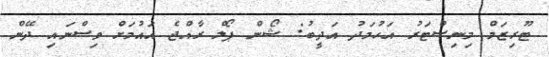
ޓޫރިޒަމް މިނިސްޓަރު އަހުމަދު އަދީބު: ޝޯން ޕޯލް ރާއްޖެ އައުމަށް ވިސްނައި ދޭން